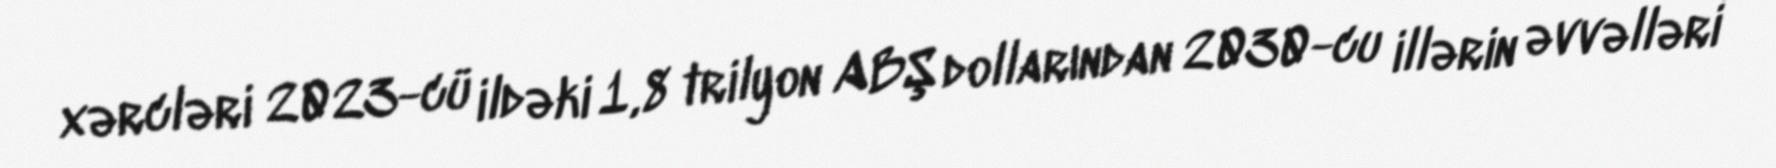
xərcləri 2023-cü ildəki 1,8 trilyon ABŞ dollarından 2030-cu illərin əvvəlləri